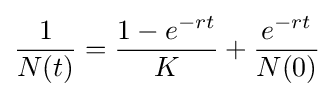
{\frac {1}{N(t)}}={\frac {1-e^{-rt}}{K}}+{\frac {e^{-rt}}{N(0)}}